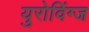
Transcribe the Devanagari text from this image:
युरोविंग्ज